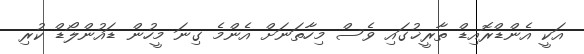
އަކީ އެންޑްރޮއިޑް ތާރީޚުގައި ވެސް މިހާތަނަށް އެންމެ ގިނަ މީހުން ޑައުންލޯޑް ކުރި